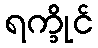
ရက္ခိုင်